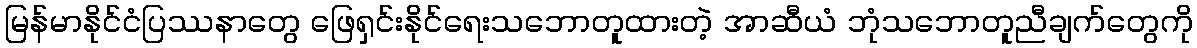
မြန်မာနိုင်ငံပြဿနာတွေ ဖြေရှင်းနိုင်ရေးသဘောတူထားတဲ့ အာဆီယံ ဘုံသဘောတူညီချက်တွေကို